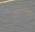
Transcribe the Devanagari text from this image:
लूगनविल